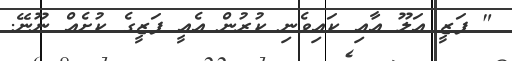
" ފަޒީ އަލޫ އާއި ކައިވެނި ކުރުން އެއީ ފަޒީގެ ކުށެއް ނޫނޭ.